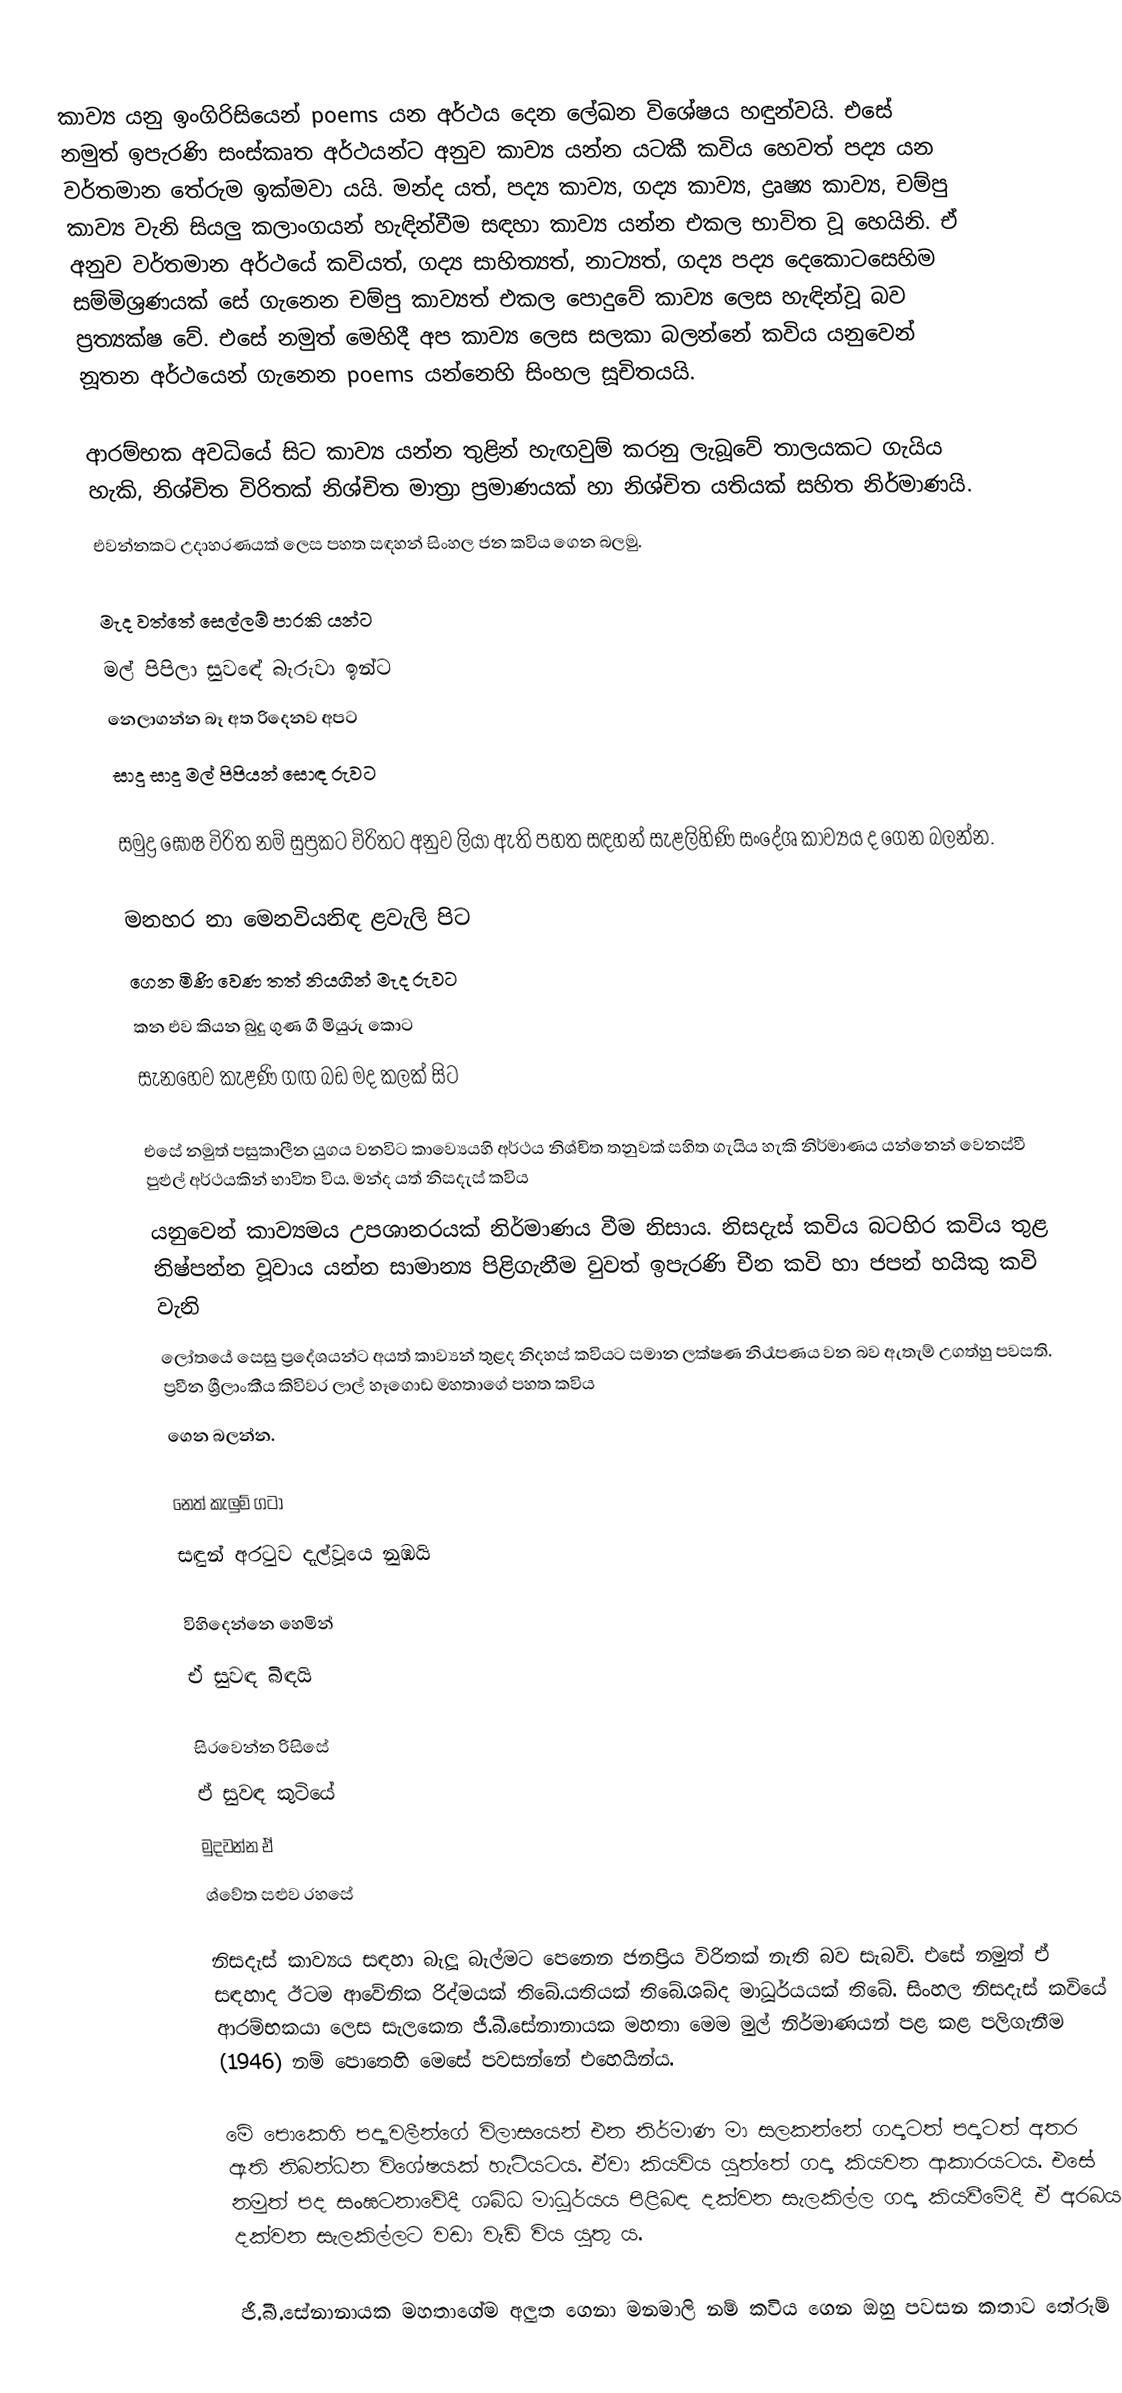
කාව්‍ය යනු ඉංගිරිසියෙන් poems යන අර්ථය දෙන ලේඛන විශේෂය හඳුන්වයි. එසේ නමුත් ඉපැරණි සංස්කෘත අර්ථයන්ට අනුව කාව්‍ය යන්න යටකී කවිය හෙවත් පද්‍ය යන වර්තමාන තේරුම ඉක්මවා යයි. මන්ද යත්, පද්‍ය කාව්‍ය, ගද්‍ය කාව්‍ය, ද්‍රෘෂ්‍ය කාව්‍ය, චම්පු කාව්‍ය වැනි සියලු කලාංගයන් හැඳින්වීම සඳහා කාව්‍ය යන්න එකල භාවිත වූ හෙයිනි. ඒ අනුව වර්තමාන අර්ථයේ කවියත්, ගද්‍ය සාහිත්‍යත්, නාට්‍යත්, ගද්‍ය පද්‍ය දෙකොටසෙහිම සම්මිශ්‍රණයක් සේ ගැනෙන චම්පු කාව්‍යත් එකල පොදුවේ කාව්‍ය ලෙස හැඳින්වූ බව ප්‍රත්‍යක්ෂ වේ. එසේ නමුත් මෙහිදී අප කාව්‍ය ලෙස සලකා බලන්නේ කවිය යනුවෙන් නූතන අර්ථයෙන් ගැනෙන poems යන්නෙහි සිංහල සූචිතයයි.

ආරම්භක අවධියේ සිට කාව්‍ය යන්න තුළින් හැඟවුම් කරනු ලැබූවේ තාලයකට ගැයිය හැකි, නිශ්චිත විරිතක් නිශ්චිත මාත්‍රා ප්‍රමාණයක් හා නිශ්චිත යතියක් සහිත නිර්මාණයි.
එවන්නකට උදාහරණයක් ලෙස පහත සඳහන් සිංහල ජන කවිය ගෙන බලමු.

මැද වත්තේ සෙල්ලම් පාරකි    යන්ට
මල් පිපිලා සුවඳේ බැරුවා      ඉන්ට
නෙලාගන්න බෑ අත රිදෙනව    අපට
සාදු සාදු මල් පිපියන් සොඳ     රුවට

සමුද්‍ර ඝෝෂ විරිත නම් සුප්‍රකට විරිතට අනුව ලියා ඇති පහත සඳහන් සැළලිහිණි සංදේශ කාව්‍යය ද ගෙන බලන්න.

මනහර නා මෙනවියනිඳ ළවැලි       පිට
ගෙන මිණි වෙණ තත් නියගින් මැද   රුවට
කන එව කියන බුදු ගුණ ගී මියුරු   කොට
සැනහෙව කැළණි ගඟ බඩ මද කලක්  සිට

එසේ නමුත් පසුකාලීන යුගය වනවිට කාව්‍යෙයහි අර්ථය නිශ්චිත තනුවක් සහිත ගැයිය හැකි නිර්මාණය යන්නෙන් වෙනස්වී පුළුල් අර්ථයකින් භාවිත විය. මන්ද යත් නිසදැස් කවිය
යනුවෙන් කාව්‍යමය උපශානරයක් නිර්මාණය වීම නිසාය. නිසදැස් කවිය බටහිර කවිය තුළ නිෂ්පන්න වූවාය යන්න සාමාන්‍ය පිළිගැනීම වුවත් ඉපැරණි චීන කවි හා ජපන් හයිකු කවි වැනි
ලෝතයේ සෙසු ප්‍රදේශයන්ට අයත් කාව්‍යන් තුළද නිදහස් කවියට සමාන ලක්ෂණ නිරෑපණය වන බව ඇතැම් උගත්හු පවසති. ප්‍රවීන ශ්‍රීලාංකීය කිවිවර ලාල් හෑගොඩ මහතාගේ පහත කවිය
ගෙන බලන්න.

නෙත් කැලුම් ගටා
සඳුන් අරටුව දැල්වූයෙ නුඹයි

විහිදෙන්නෙ හෙමින්
ඒ සුවඳ බිඳයි

සිරවෙන්න රිසිසේ
ඒ සුවඳ කුටියේ
මුදවන්න ඒ
ශ්වේත සළුව රහසේ

නිසදැස් කාව්‍යය සඳහා බැලූ බැල්මට පෙනෙන ජනප්‍රිය විරිතක් නැති බව සැබවි. එසේ නමුත් ඒ සඳහාද ඊටම ආවේනික රිද්මයක් තිබේ.යතියක් තිබේ.ශබ්ද මාධූර්යයක් තිබේ. සිංහල නිසදැස් කවියේ ආරම්භකයා ලෙස සැලකෙන ජී.බී.සේනානායක මහතා මෙම මුල් නිර්මාණයන් පළ කළ පලිගැනීම (1946) නම් පොතෙහි මෙසේ පවසන්නේ එහෙයින්ය.

මේ පොකෙහි පද්‍යාවලීන්ගේ විලාසයෙන් එන නිර්මාණ මා සලකන්නේ ගද්‍යටත් පද්‍යටත් අතර ඇති නිබන්ධන විශේෂයක් හැටියටය. ඒවා කියවිය යුත්තේ ගද්‍ය කියවන ආකාරයටය. එසේ නමුත් පද සංඝටනාවේදී ශබ්ධ මාධූර්යය පිළිබඳ දක්වන සැලකිල්ල ගද්‍ය කියවීමේදී ඒ අරබයා දක්වන සැලකිල්ලට වඩා වැඩි විය යුතු ය.

ජී.බී.සේනානායක මහතාගේම අලුත ගෙනා මනමාලි නම් කවිය ගෙන ඔහු පවසන කතාව තේරුම්